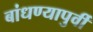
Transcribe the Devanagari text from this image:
बांधण्यापुर्वी